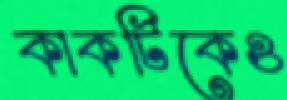
কাকটিকেও